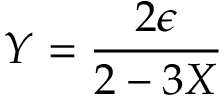
Y = { \frac { 2 \epsilon } { 2 - 3 X } }